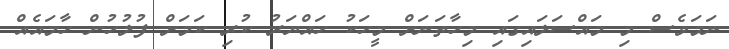
ނަމަވެސް މި މައްސަލައިގައި މިހާތަނަށް މީހަކު ހައްޔަރު ކުރި ކަމަށް ފުލުހުން ހާމައެއް